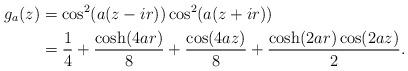
LaTeX: \begin{align*}g_a(z) & = \cos^2(a(z-ir))\cos^2(a(z+ir)) \\& = \frac{1}{4} + \frac{\cosh(4ar)}{8} + \frac{\cos(4az)}{8} + \frac{\cosh(2ar)\cos(2az)}{2}.\end{align*}